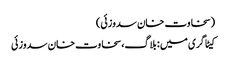
(سخاوت خان سدوزئی)
کیٹاگری میں : بلاگ، سخاوت خان سدوزئی